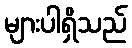
များပါရှိသည်